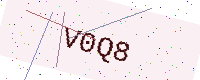
Text: V0Q8